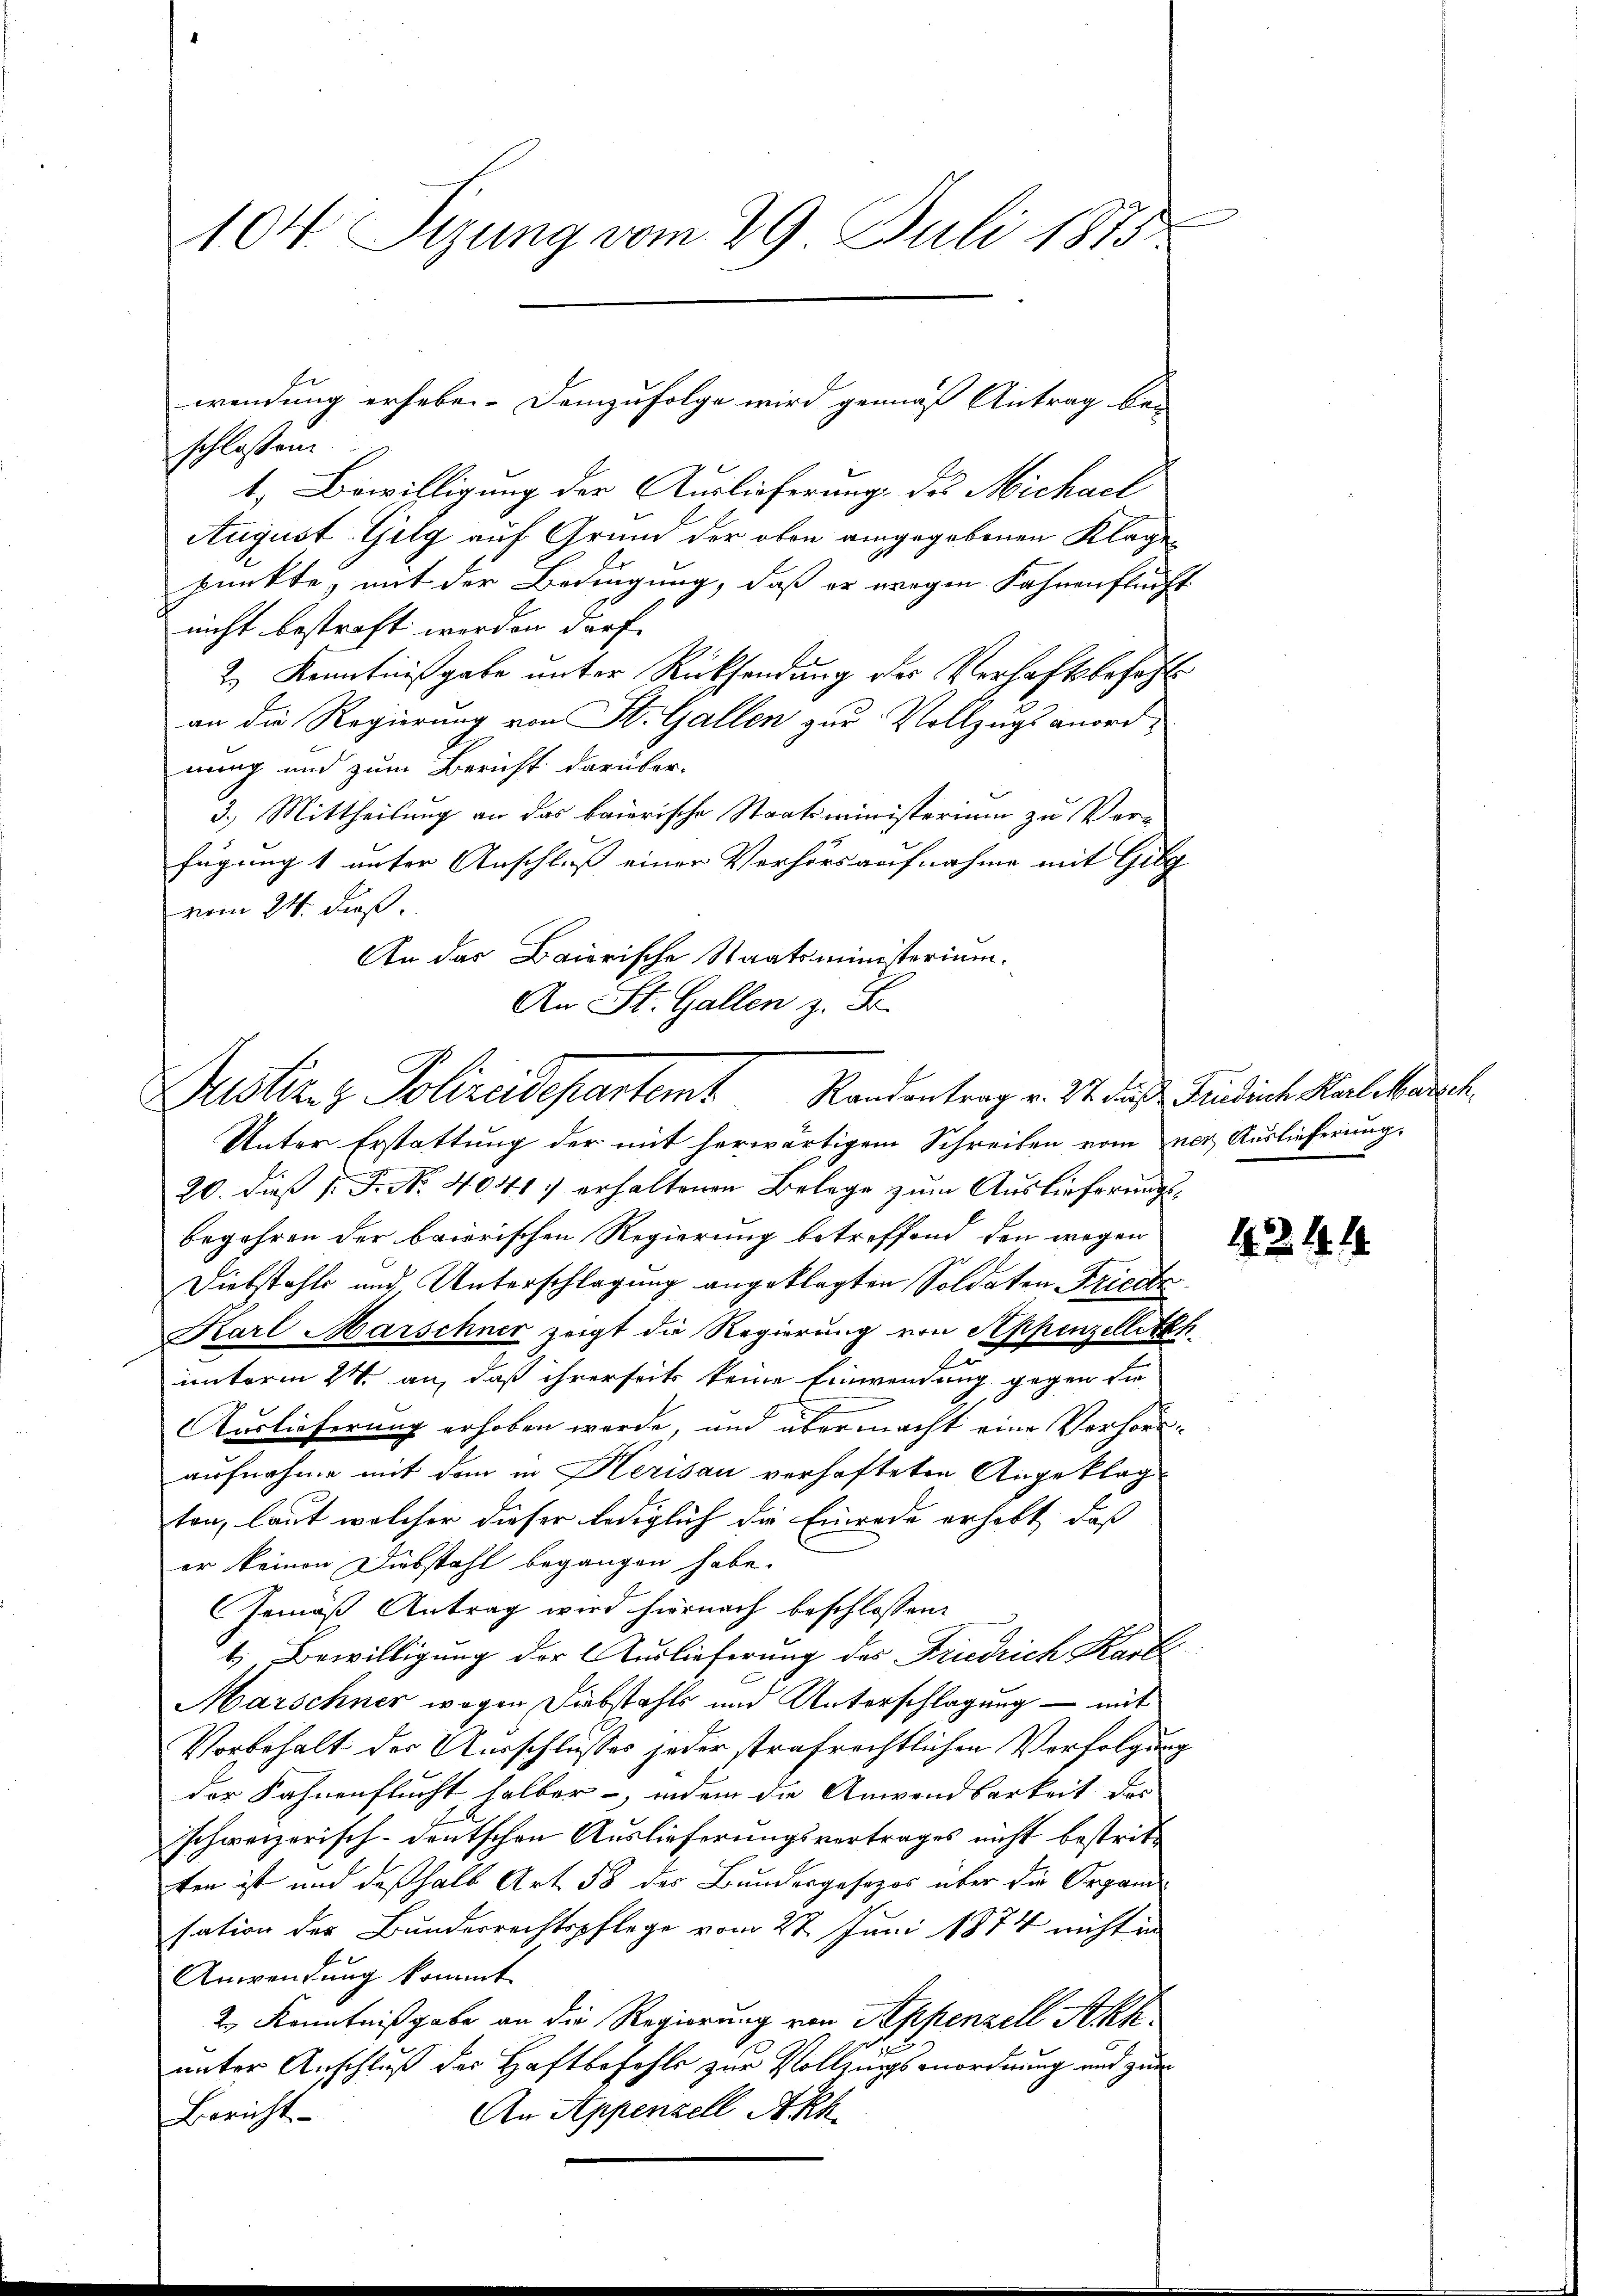
104. Sizung vom 29. Juli 1875

schlossen.
t. Bewilligung der Auslieferung des Michael
August. Gilg auf Grund der oben angegebenen Klage
punkte, mit der Bedingung, daß er wegen Fahnenflucht
nicht bestraft werden darf.
2.) Kenntnißgabe unter Rücksendung der Verhaftsbezahl
an die Regierung von St. Gallen zur Vollzugs anordnung und zum Bericht darüber-
3.) Mittheilung an das baierische Staatsministerium zu Verfügung 1 unter Anschluß einer Verhörs aufnahme mit Gilg
vom 24. Fuß.
An das Baierische Staatsministerium.
An St. Gallen z. B.
Unter Erstattung der mit herwärtigem Schreiben vom iner Auslieferung.
20. dieß P. P. Nr. 4041) erhaltenen Belege zum Auslieferungsbegehren der baierischen Regierung betreffend den wegen
Diebstahls und Unterschlagung angeklagten Soldaten Friedte
Karl Marschner zeigt die Regierung von Appenzellitzh
unterm 24. an, daß ihrerseits keine Einwendung gegen die
Auslieferung erhoben werde, und übermacht eine Verhöraufnahme mit dem in Herisau verhafteten Angeklag
ton, laut welcher dieser lediglich die Einrede erhebt, daß
er keinen Diebstahl begangen habe.
GGemäß Antrag wird hiernach beschlossen:
1. Bewilligung der Auslieferung des Friedrich Karl
Marschner wegen Substahls und Unterschlagung – mit
Vorbehalt der Ausschlusses jeder strafrechtlichen Verfolgung
der Fahnenflucht halber -, indem die Anwendbarkeit des
schweizerisch-deutschen Auslieferungsvertrages nicht bestritten ist und deßhalb Art 58 des Bundergesezes über die Organd
sation der Bundesrechtspflege vom 22. Juni 1874 nicht in
Anwendung kommt.
2. Kenntnißgabe an die Regierung von Appenzell Akk
unter Anschluß der Haftbefehls zur Vollzugsenordnung und zum
An Appenzell Akh
Bericht

wendung erheben. Demzufolge wird gemäß Antrag bei

Justiz- & Polizeidepartemt Randentrag v. 31. das Predich Kalemanch

424. 14